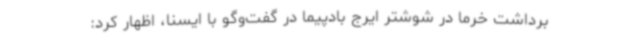
برداشت خرما در شوشتر ایرج بادپیما در گفت‌وگو با ایسنا، اظهار کرد: